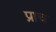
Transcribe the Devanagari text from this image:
प्राच